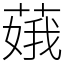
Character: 𦶥